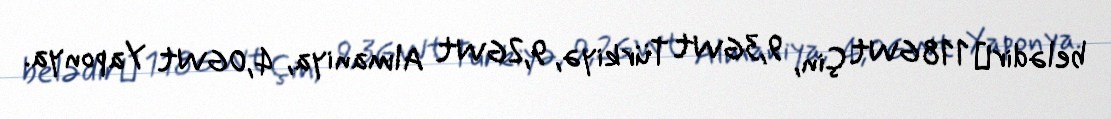
belədirː 118GWt Çin, 9,3GWt Türkiyə, 9,2GWt Almaniya, 4,0GWt Yaponya.